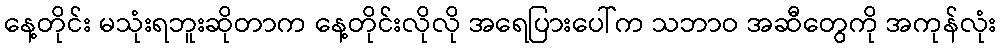
နေ့တိုင်း မသုံးရဘူးဆိုတာက နေ့တိုင်းလိုလို အရေပြားပေါ်က သဘာဝ အဆီတွေကို အကုန်လုံး